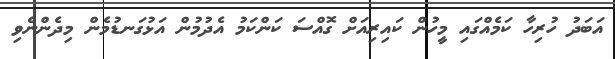
އަބަދު ހުރިހާ ކަމެއްގައި މީހުން ކައިރިއަށް ގޮއްސަ ކަންކަމު އެދުމުން އަޅުގަނޑުމެން މިދެންނެވި